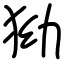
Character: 狕